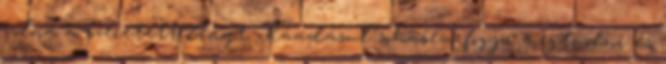
volna a szeretett lényt. Ráadásul sohasem fogja megtudni és